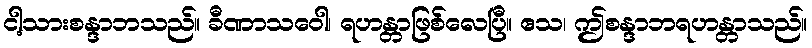
ငါ့သားစန္ဒာဘသည်။ ခီဏာသဝေါ၊ ရဟန္တာဖြစ်လေပြီ။ ဧသ၊ ဤစန္ဒာဘရဟန္တာသည်။